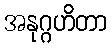
အနုဂ္ဂဟိတာ